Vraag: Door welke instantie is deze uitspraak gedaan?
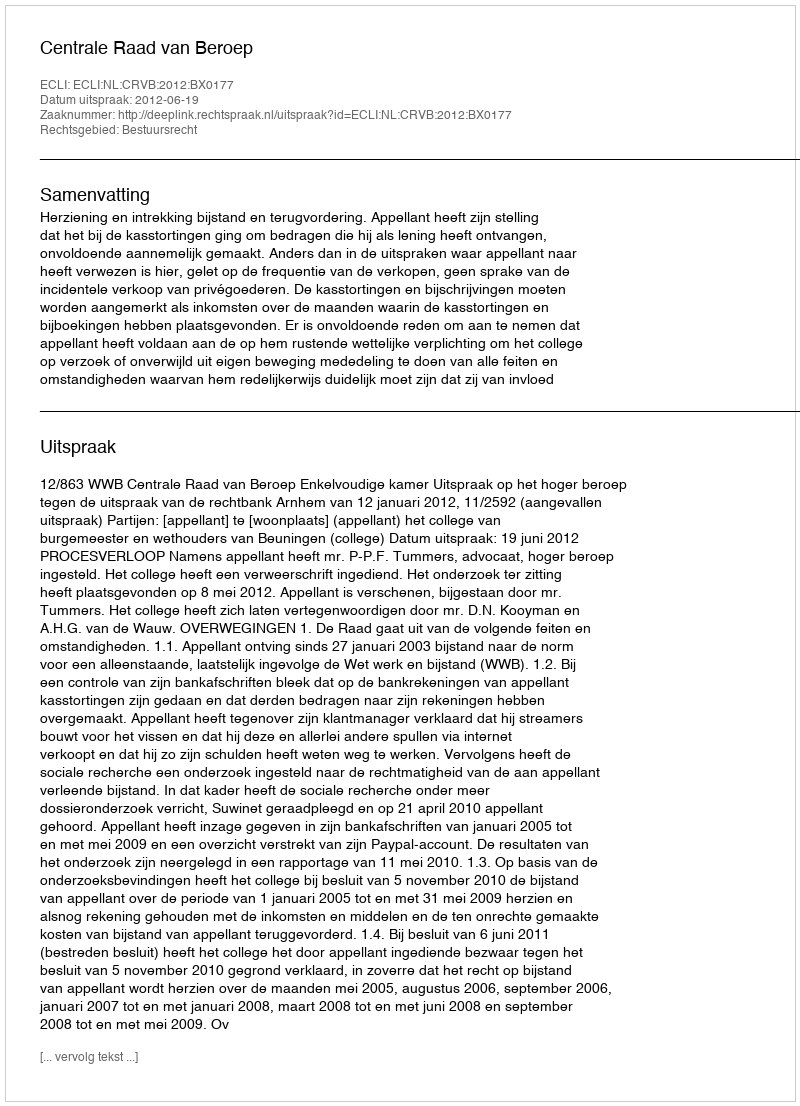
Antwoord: Centrale Raad van Beroep